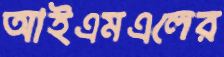
আইএমএলের